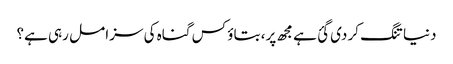
دنیا تنگ کر دی گئ ہے مجھ پر، بتاؤ کس گناہ کی سزا مل رہی ہے؟